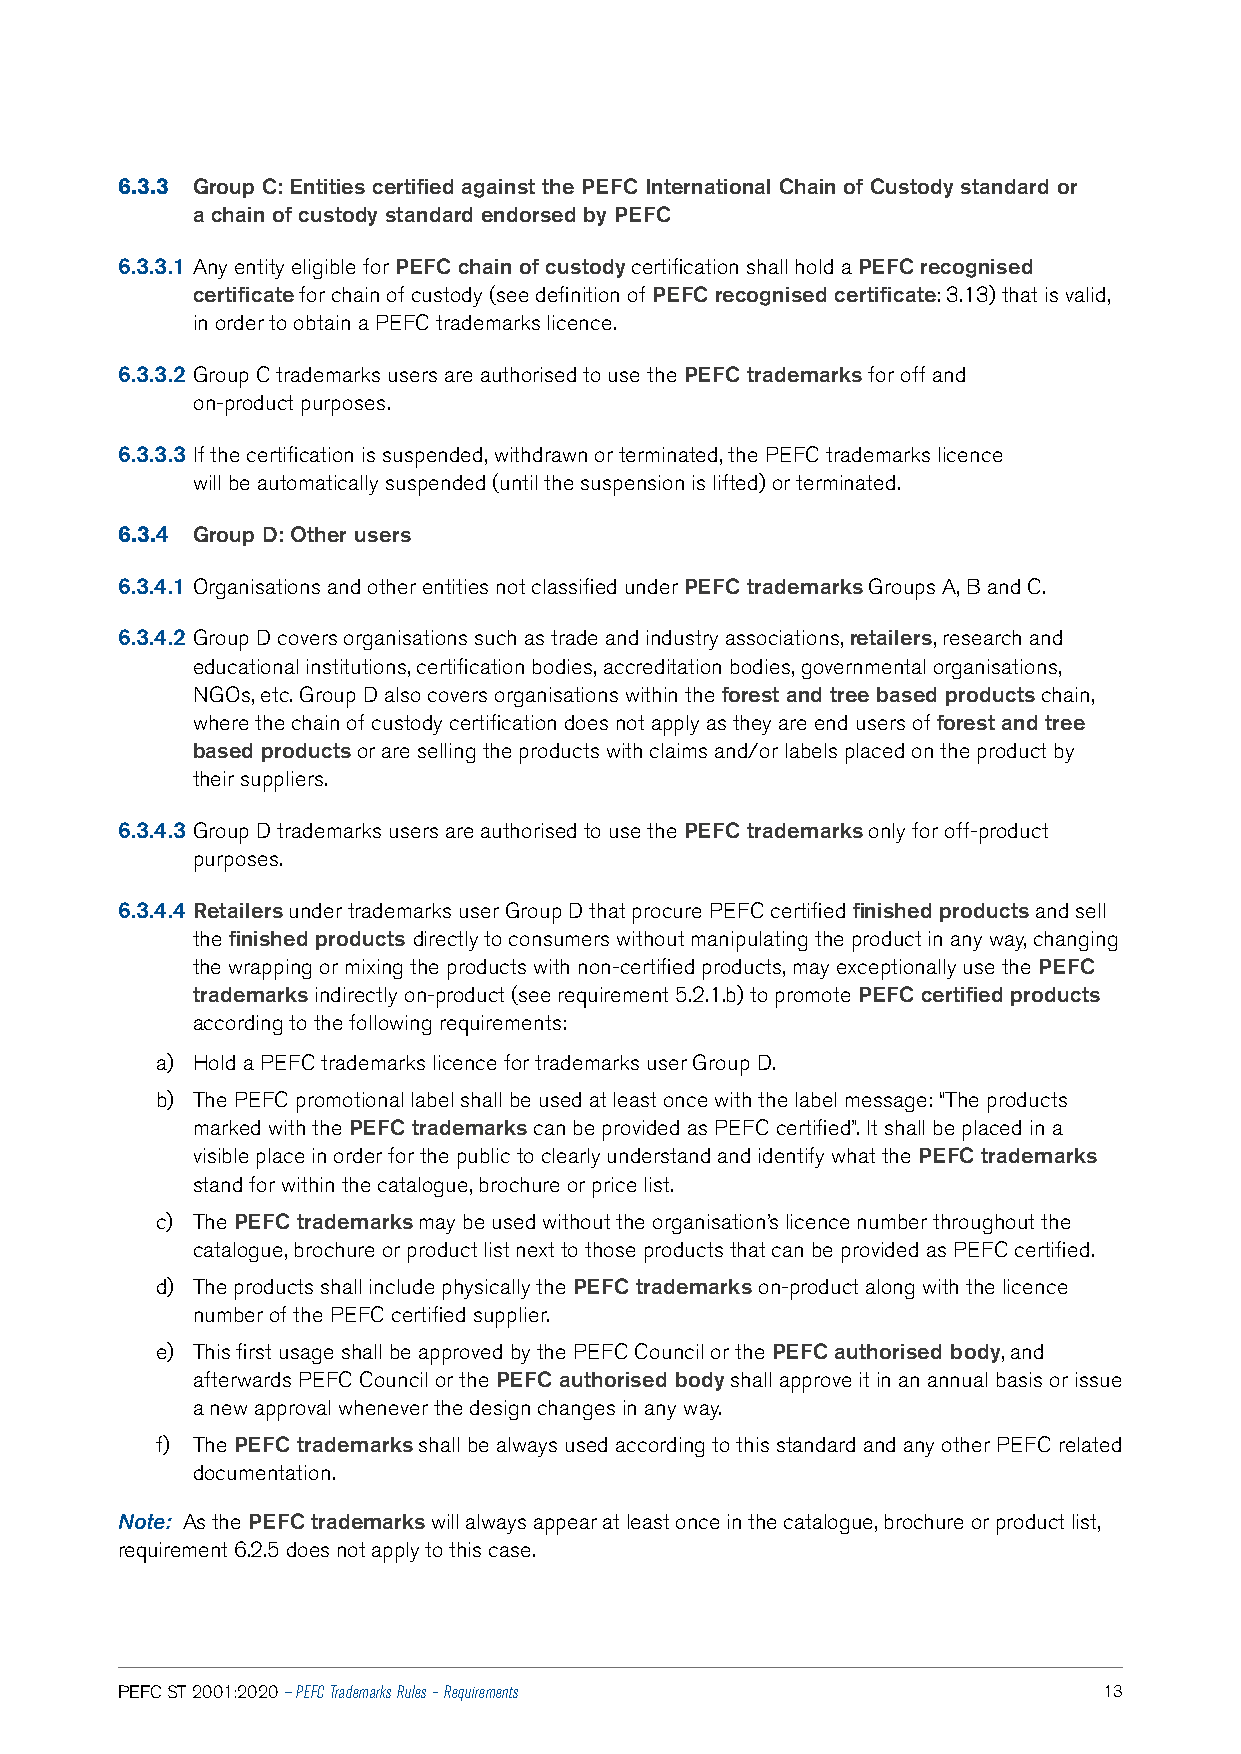
6.3.3 Group C: Entities certified against the PEFC International Chain of Custody standard or
 a chain of custody standard endorsed by PEFC
 6.3.3.1 Any entity eligible for PEFC chain of custody certification shall hold a PEFC recognised
 certificate for chain of custody (see definition of PEFC recognised certificate: 3.13) that is valid,
 in order to obtain a PEFC trademarks licence.
 6.3.3.2 Group C trademarks users are authorised to use the PEFC trademarks for off and
 on-product purposes.
 6.3.3.3 If the certification is suspended, withdrawn or terminated, the PEFC trademarks licence
 will be automatically suspended (until the suspension is lifted) or terminated.
 6.3.4 Group D: Other users
 6.3.4.1 Organisations and other entities not classified under PEFC trademarks Groups A, B and C.
 6.3.4.2 Group D covers organisations such as trade and industry associations, retailers, research and
 educational institutions, certification bodies, accreditation bodies, governmental organisations,
 NGOs, etc. Group D also covers organisations within the forest and tree based products chain,
 where the chain of custody certification does not apply as they are end users of forest and tree
 based products or are selling the products with claims and/or labels placed on the product by
 their suppliers.
 6.3.4.3 Group D trademarks users are authorised to use the PEFC trademarks only for off-product
 purposes.
 6.3.4.4 Retailers under trademarks user Group D that procure PEFC certified finished products and sell
 the finished products directly to consumers without manipulating the product in any way, changing
 the wrapping or mixing the products with non-certified products, may exceptionally use the PEFC
 trademarks indirectly on-product (see requirement 5.2.1.b) to promote PEFC certified products
 according to the following requirements:
 a) Hold a PEFC trademarks licence for trademarks user Group D.
 b) The PEFC promotional label shall be used at least once with the label message: “The products
 marked with the PEFC trademarks can be provided as PEFC certified”. It shall be placed in a
 visible place in order for the public to clearly understand and identify what the PEFC trademarks
 stand for within the catalogue, brochure or price list.
 c) The PEFC trademarks may be used without the organisation’s licence number throughout the
 catalogue, brochure or product list next to those products that can be provided as PEFC certified.
 d) The products shall include physically the PEFC trademarks on-product along with the licence
 number of the PEFC certified supplier.
 e) This first usage shall be approved by the PEFC Council or the PEFC authorised body, and
 afterwards PEFC Council or the PEFC authorised body shall approve it in an annual basis or issue
 a new approval whenever the design changes in any way.
 f) The PEFC trademarks shall be always used according to this standard and any other PEFC related
 documentation.
 Note: As the PEFC trademarks will always appear at least once in the catalogue, brochure or product list,
 requirement 6.2.5 does not apply to this case.
 PEFC ST 2001:2020 — PEFC Trademarks Rules – Requirements         13